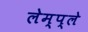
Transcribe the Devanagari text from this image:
लेम्प्ले